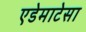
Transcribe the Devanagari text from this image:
एडेमाटेसा